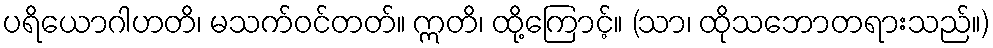
ပရိယောဂါဟတိ၊ မသက်ဝင်တတ်။ ဣတိ၊ ထို့ကြောင့်။ (သာ၊ ထိုသဘောတရားသည်။)